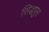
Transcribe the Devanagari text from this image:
सिद्धपुरा